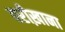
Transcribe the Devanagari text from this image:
परीख़ाना